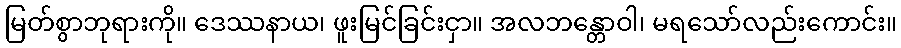
မြတ်စွာဘုရားကို။ ဒေဿနာယ၊ ဖူးမြင်ခြင်းငှာ။ အလဘန္တောဝါ၊ မရသော်လည်းကောင်း။